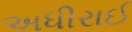
અધીરાઈ